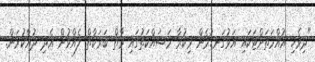
"ދިވެހި އުއްމަތަށްޓަކައި އަޅުގަނޑުމެން މިކުރާ މަސައްކަތުގައި މާތް ބަރަކާތް ލެއްވުން އެދި ދުއާކުރަން.